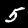
Digit: 5